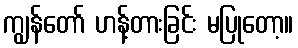
ကျွန်တော် ဟန့်တားခြင်း မပြုတော့။